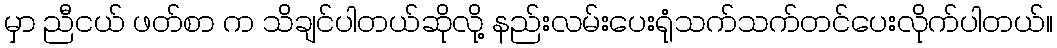
မှာ ညီငယ် ဖတ်စာ က သိချင်ပါတယ်ဆိုလို့ နည်းလမ်းပေးရုံသက်သက်တင်ပေးလိုက်ပါတယ်။